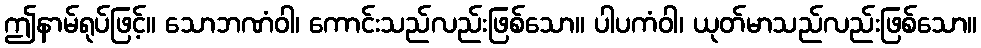
ဤနာမ်ရုပ်ဖြင့်။ သောဘဏံဝါ၊ ကောင်းသည်လည်းဖြစ်သော။ ပါပကံဝါ၊ ယုတ်မာသည်လည်းဖြစ်သော။